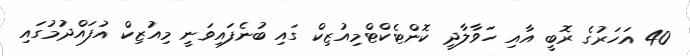
40 އަހަރުގެ ރޮބީ އާއި ހަވާލާދީ ކޮންޓެކްޓްމިއުޒިކް ގައި ބުނެފައިވަނީ މިއުޒިކް އުފައްދުމުގައި